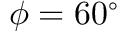
\phi = 6 0 ^ { \circ }